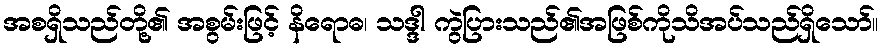
အစရှိသည်တို့၏ အစွမ်းဖြင့် နိရောဓ၊ သဒ္ဒါ ကွဲပြားသည်၏အဖြစ်ကိုသိအပ်သည်ရှိသော်။